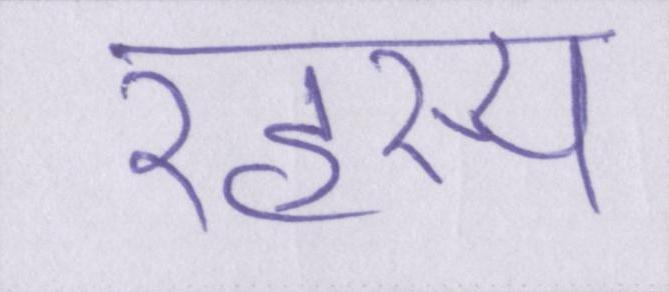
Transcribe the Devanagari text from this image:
रहस्य